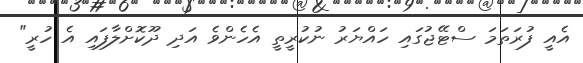
އެއީީ ފުރަތަމަ ސްޓޭޖުގައި ހައްޔަރު ނުކުރީތީ އެހެންވެ އަދި ދޫކޮށްލާފައި އެ ހުރީ"